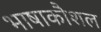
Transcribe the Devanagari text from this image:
भाषाकौशल